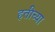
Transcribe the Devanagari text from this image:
हतीच्या